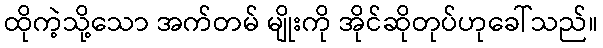
ထိုကဲ့သို့သော အက်တမ် မျိုးကို အိုင်ဆိုတုပ်ဟုခေါ်သည်။